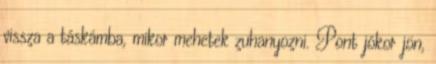
vissza a táskámba, mikor mehetek zuhanyozni. Pont jókor jön,